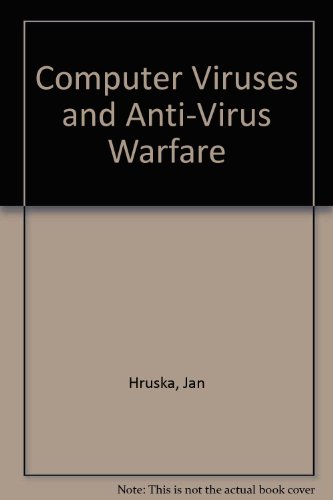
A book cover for Computer Viruses and Anti-Virus Warfare; Computers & Technology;